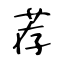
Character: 荐